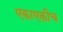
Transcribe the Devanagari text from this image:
एकाएकीच